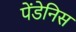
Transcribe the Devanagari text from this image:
पेंडेनिस